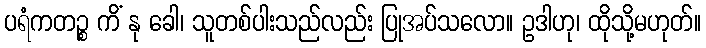
ပရံကတဉ္စ ကိံ နု ခေါ၊ သူတစ်ပါးသည်လည်း ပြုအပ်သလော။ ဥဒါဟု၊ ထိုသို့မဟုတ်။